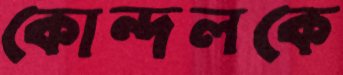
কোন্দলকে